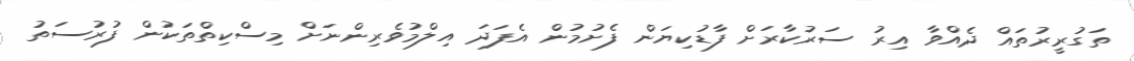
ތަގުރީރުތައް ދެއްވާ އިރު ސަރުކާރަށް ފާޑުކިޔަން ފެށުމުން އެފަދަ އިލްމުވެރިންނަށް މިސްކިތްތަކުން ފުރުސަތު